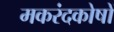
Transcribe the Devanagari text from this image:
मकरंदकोषों